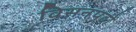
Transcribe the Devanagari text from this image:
विसनपदों